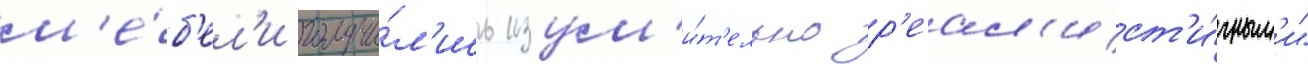
м'е́б'ел'и получи́л'ись изум'и́т'ельно р'еал'ист'и́чным'и"